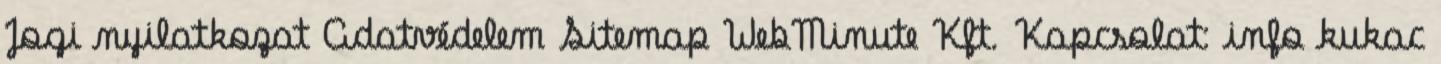
Jogi nyilatkozat Adatvédelem Sitemap WebMinute Kft. Kapcsolat: info kukac